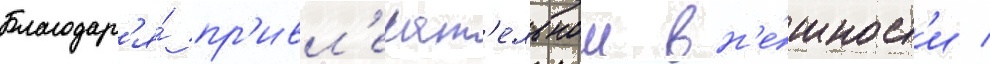
Благодар'я́ пр'ивл'екат'ельнои вн'е́шност'и /